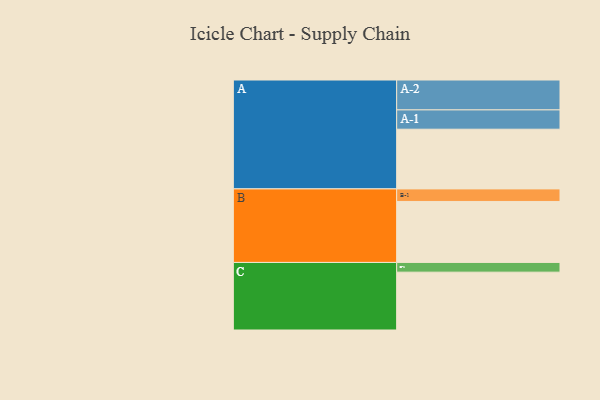
{"axis": {"x": "Segment", "y": "Value"}, "legend": ["", "A", "B", "C"], "data": [{"x": "A", "y": 547, "type": ""}, {"x": "B", "y": 559, "type": ""}, {"x": "C", "y": 530, "type": ""}, {"x": "A-1", "y": 177, "type": "A"}, {"x": "A-2", "y": 274, "type": "A"}, {"x": "B-1", "y": 115, "type": "B"}, {"x": "C-1", "y": 89, "type": "C"}]}